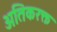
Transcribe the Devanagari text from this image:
अतिकरक्त